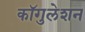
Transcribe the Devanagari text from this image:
कॉगुलेशन